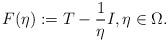
LaTeX: \begin{align*}F(\eta):=T-\frac{1}{\eta}I, \eta \in \Omega.\end{align*}